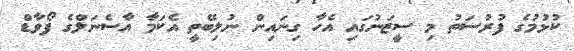
ކުޅުމުގެ ފުރުސަތު މި ސީޒަނުގައި އެހާ ގިނައިން ނުލިބޭތީ އެކަމާ އާސެނަލްގެ ފޯވާޑް